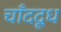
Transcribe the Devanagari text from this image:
चाँददूध